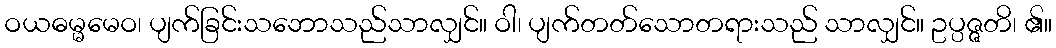
ဝယဓမ္မမေဝ၊ ပျက်ခြင်းသဘောသည်သာလျှင်။ ဝါ၊ ပျက်တတ်သောတရားသည် သာလျှင်။ ဥပ္ပဇ္ဇတိ၊ ၏။